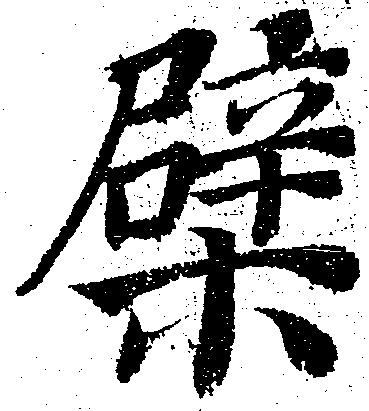
檗